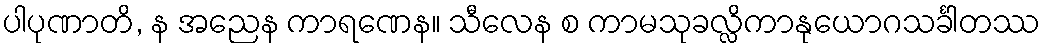
ပါပုဏာတိ, န အညေန ကာရဏေန။ သီလေန စ ကာမသုခလ္လိကာနုယောဂသင်္ခါတဿ